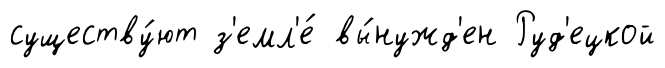
существу́ют з'емл'е́ вы́нужд'ен Руд'ецкой